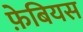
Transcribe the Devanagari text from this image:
फ़ेबियस